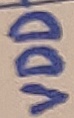
Text: VDD